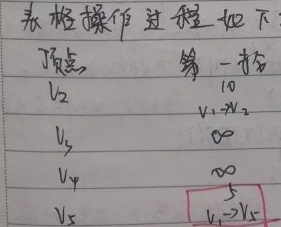
表格操作过程如下：顶点  第一部分 \(V_2\)  \(10\) \(V_3\)  \(\infty\) \(V_4\)  \(5\) \(V_5\)  \(V_1 \to V_5\)